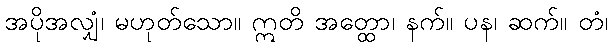
အပိုအလျှံ၊ မဟုတ်သော။ ဣတိ အတ္ထော၊ နက်။ ပန၊ ဆက်။ တံ၊